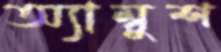
অ্যাম্বুশ